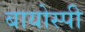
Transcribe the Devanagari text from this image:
बायोस्पी